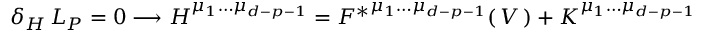
\delta _ { H } \, L _ { P } = 0 \longrightarrow H ^ { \mu _ { 1 } \dots \mu _ { d - p - 1 } } = F ^ { * } { } ^ { \mu _ { 1 } \dots \mu _ { d - p - 1 } } ( \, V \, ) + K ^ { \mu _ { 1 } \dots \mu _ { d - p - 1 } }